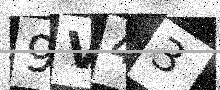
Text: 9V43